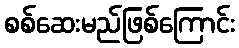
စစ်ဆေးမည်ဖြစ်ကြောင်း